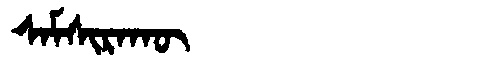
Manchu: ᠰᠠᠮᠰᡳᡵᠠᡴᡡ
Romanization: SAMSIRAKŪ